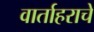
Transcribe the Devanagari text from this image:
वार्ताहराचे